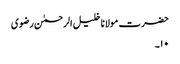
حضرت مولانا خلیل الرحمٰن رضوی
۱۰۔